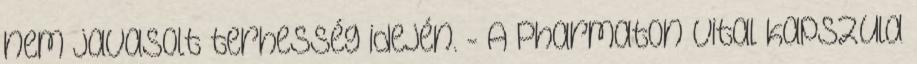
nem javasolt terhesség idején. - A Pharmaton Vital kapszula